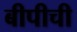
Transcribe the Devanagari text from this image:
बीपीची